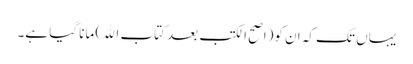
یہاں تک کہ ان کو(اصح الکتب بعد کتاب الله) مانا گیا ہے۔